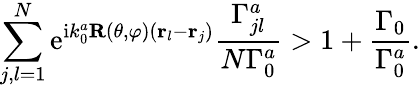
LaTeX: \sum_{j,l=1}^{N}\mathrm{e}^{\mathrm{i}k_{0}^{a}\mathbf{R}(\theta,\varphi)\left({\mathbf r}_{l}-{\mathbf r}_{j}\right)}\frac{\Gamma_{jl}^{a}}{N\Gamma_{0}^{a}}>1+\frac{\Gamma_{0}}{\Gamma_{0}^{a}}.